Indian journal of veterinary science and animal husbandry - Volumes 18-21, 1948-1951
Year: 1948
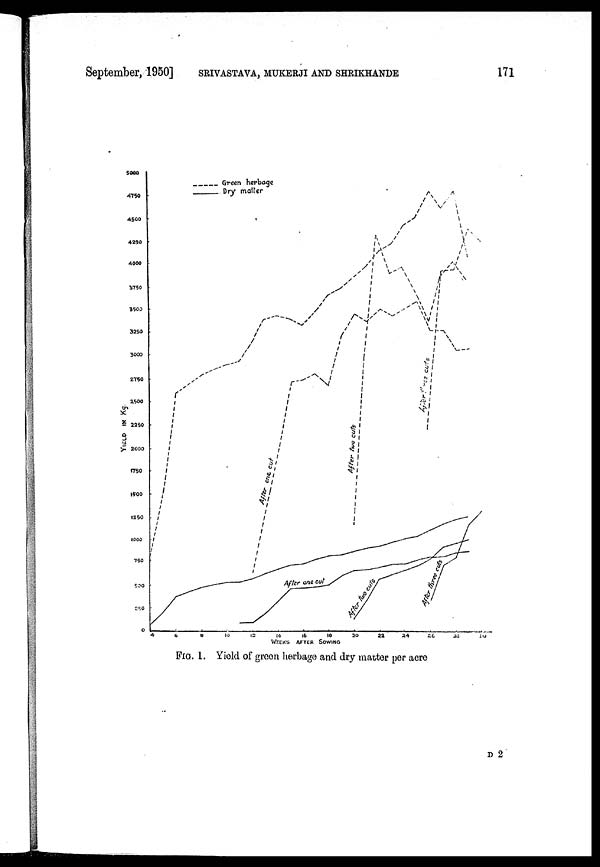
September, 1950] SRIVASTAVA, MUKERJI AND SHRIKHANDE 171
FIG. 1. Yield of green herbage and dry matter per acre
D 2